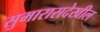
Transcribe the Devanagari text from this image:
सुमारासदेखील